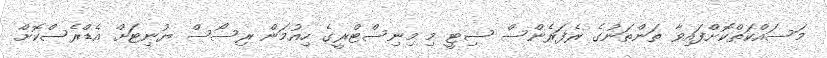
މަސައްކަތްކޮށްފައިވާ ތަންތަނުގެ ރެފަރެންސް ސިޓީ މި މިނިސްޓްރީގެ ހިއުމަން ރިސޯސް ޔުނިޓަށް އެޑްރެސްކޮށް